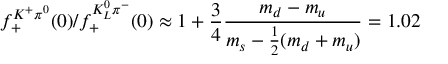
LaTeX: f _ { + } ^ { K ^ { + } \pi ^ { 0 } } ( 0 ) / f _ { + } ^ { K _ { L } ^ { 0 } \pi ^ { - } } ( 0 ) \approx 1 + { \frac { 3 } { 4 } } { \frac { m _ { d } - m _ { u } } { m _ { s } - { \frac { 1 } { 2 } } ( m _ { d } + m _ { u } ) } } = 1 . 0 2